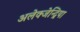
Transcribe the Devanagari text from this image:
अलेक्जेन्द्रिया